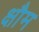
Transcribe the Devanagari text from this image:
क्षौम